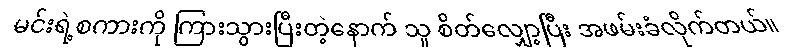
မင်းရဲ့စကားကို ကြားသွားပြီးတဲ့နောက် သူ စိတ်လျှော့ပြီး အဖမ်းခံလိုက်တယ်။